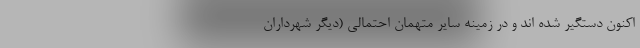
اکنون دستگیر شده اند و در زمینه سایر متهمان احتمالی (دیگر شهرداران